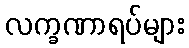
လက္ခဏာရပ်များ